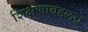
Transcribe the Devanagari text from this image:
शिक्षणाबद्दलचे